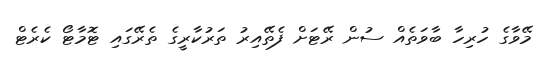
މޭވާގެ ހުރިހާ ބާވަތެއް ސުން ރޭޓަށް ފެތޭއިރު ތަރުކާރީގެ ތެރޭގައި ޓޮމާޓޯ ކެރެޓް